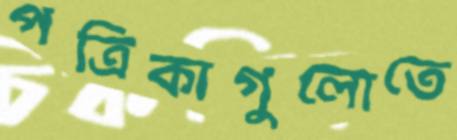
পত্রিকাগুলোতে